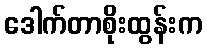
ဒေါက်တာစိုးထွန်းက